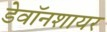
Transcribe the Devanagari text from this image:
डेवॉनशायर